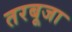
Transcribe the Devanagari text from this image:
तरबूजा